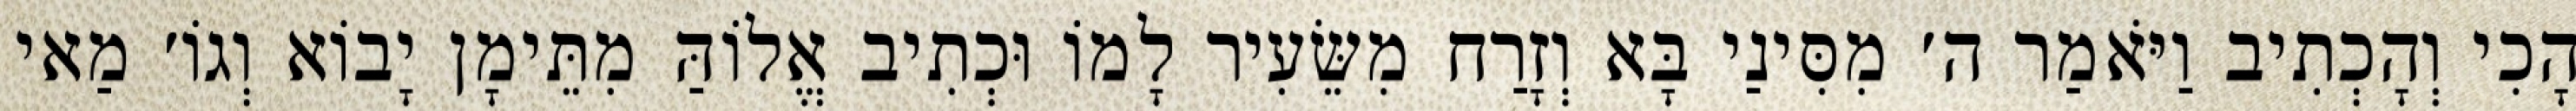
הָכִי וְהָכְתִיב וַיֹּאמַר ה׳ מִסִּינַי בָּא וְזָרַח מִשֵּׂעִיר לָמוֹ וּכְתִיב אֱלוֹהַּ מִתֵּימָן יָבוֹא וְגוֹ׳ מַאי